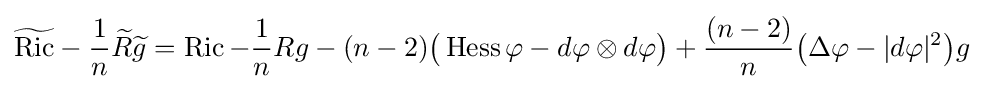
{\widetilde {\operatorname {Ric} }}-{\frac {1}{n}}{\widetilde {R}}{\widetilde {g}}=\operatorname {Ric} -{\frac {1}{n}}Rg-(n-2){\big (}\operatorname {Hess} \varphi -d\varphi \otimes d\varphi {\big )}+{\frac {(n-2)}{n}}{\big (}\Delta \varphi -|d\varphi |^{2}{\big )}g